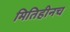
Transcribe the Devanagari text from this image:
मितिहीनच